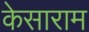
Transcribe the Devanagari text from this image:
केसाराम